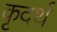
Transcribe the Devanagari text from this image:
कृदर्थ